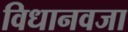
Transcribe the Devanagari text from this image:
विधानवजा